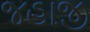
જહાજી